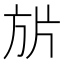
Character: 𭤬